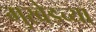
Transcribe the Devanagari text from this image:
मुखेडच्या